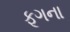
ફૂગના